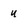
Character: u